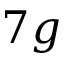
7 g